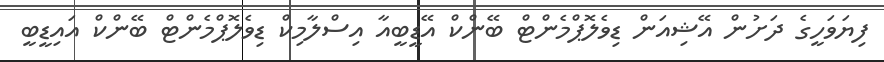
ފިޔަވަހީގެ ދަށުން އޭޝިއަން ޑިވެލޮޕްމެންޓް ބޭންކް އޭޑީބީއާ އިސްލާމިކް ޑިވެލޮޕްމެންޓް ބޭންކް އައިޑީބީ